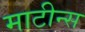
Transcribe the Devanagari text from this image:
माटीन्स